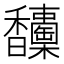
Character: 𩡦